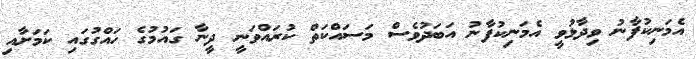
އެމަނިކުފާނު ވިދާޅުވީ އެމަނިކުފާނު އަބަދުވެސް މަސައްކަތް ކުރައްވަނީ ދީނާ ގައުމުގެ ހައްގުގައި ކަމަށާއި